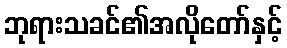
ဘုရားသခင်၏အလိုတော်နှင့်